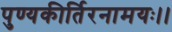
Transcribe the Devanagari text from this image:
पुण्यकीर्तिरनामयः।।